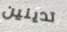
تدينين